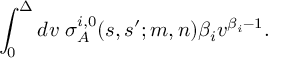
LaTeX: \int _ { 0 } ^ { \Delta } d v \; \sigma _ { A } ^ { i , 0 } ( s , s ^ { \prime } ; m , n ) \beta _ { i } v ^ { \beta _ { i } - 1 } .